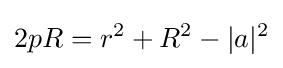
2pR=r^{2}+R^{2}-|a|^{2}